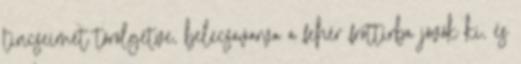
tincseimet törölgetve, belecsavarva a fehér frottírba jövök ki, és